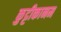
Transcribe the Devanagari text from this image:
कुट्टीकानम